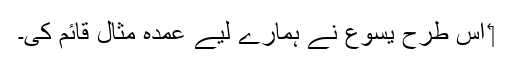
‏ اِس طرح یسوع نے ہمارے لیے عمدہ مثال قائم کی۔